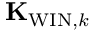
{ \bf K } _ { \mathrm { W I N } , k }